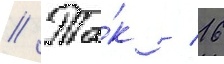
// Та́к / 16